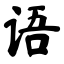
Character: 语